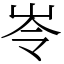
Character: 岺